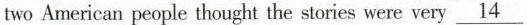
two American people thought the stories were very\underline{14}